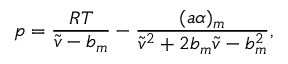
p = \frac { R T } { \tilde { v } - b _ { m } } - \frac { ( a \alpha ) _ { m } } { \tilde { v } ^ { 2 } + 2 b _ { m } \tilde { v } - b _ { m } ^ { 2 } } ,